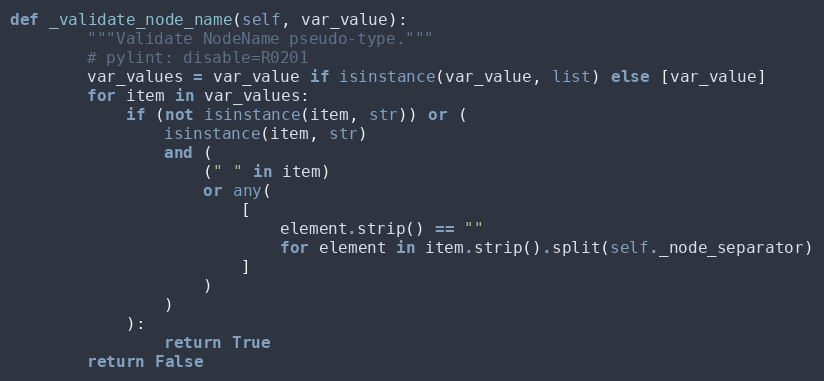
Language: Python
def _validate_node_name(self, var_value):
        """Validate NodeName pseudo-type."""
        # pylint: disable=R0201
        var_values = var_value if isinstance(var_value, list) else [var_value]
        for item in var_values:
            if (not isinstance(item, str)) or (
                isinstance(item, str)
                and (
                    (" " in item)
                    or any(
                        [
                            element.strip() == ""
                            for element in item.strip().split(self._node_separator)
                        ]
                    )
                )
            ):
                return True
        return False